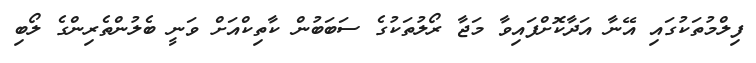
ފިލްމުތަކުގައި އޭނާ އަދާކޮށްފައިވާ މަޖާ ރޯލުތަކުގެ ސަބަބުން ކާތިކްއަށް ވަނީ ބެލުންތެރިންގެ ލޯބި